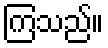
ကြသည်။